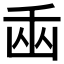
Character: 𠚏